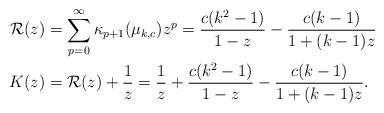
LaTeX: \begin{align*}\mathcal{R}(z) &= \sum_{p=0}^\infty \kappa_{p+1}(\mu_{k,c})z^p = \frac{c(k^2-1)}{1-z} - \frac{c(k-1)}{1+(k-1)z}\\K(z) &= \mathcal{R}(z) + \frac{1}{z} = \frac{1}{z} + \frac{c(k^2-1)}{1-z} - \frac{c(k-1)}{1+(k-1)z}.\end{align*}